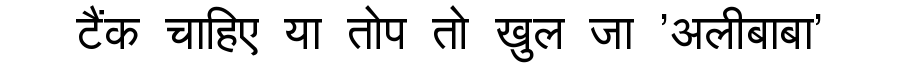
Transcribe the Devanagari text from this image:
टैंक चाहिए या तोप तो खुल जा 'अलीबाबा'